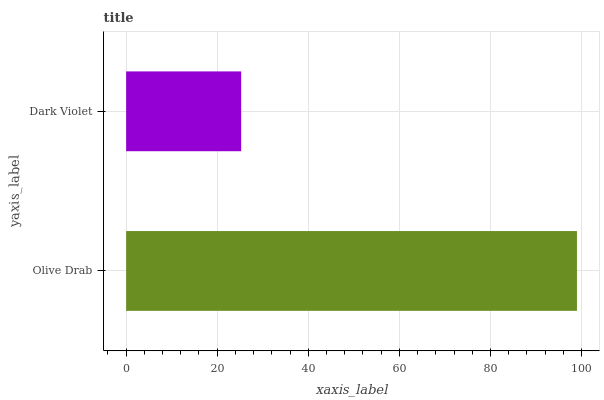
| yaxis_label | bars |
 | --- | --- |
 | Olive Drab | 99 |
 | Dark Violet | 25.3 |